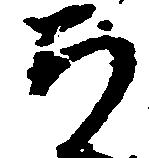
ち